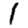
Digit: 1